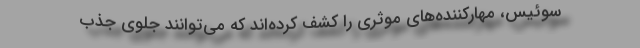
سوئیس، مهارکننده‌های موثری را کشف کرده‌اند که می‌توانند جلوی جذب